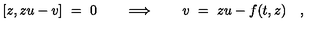
[ z , z u - v ] \ = \ 0 \qquad \Longrightarrow \qquad v \ = \ z u - f ( t , z ) \quad ,